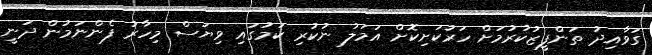
ގަވާއިދު ތަންފީޒުކުރުމަށް ހަރުކަށިކޮށް އަމަލު ނުކުރި ކަމުގައި ވިޔަސް މިހާރު ފެންނަމުން ދަނީ